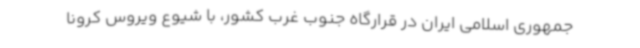
جمهوری اسلامی ایران در قرارگاه جنوب غرب کشور، با شیوع ویروس کرونا